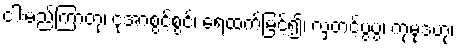
ငါးမည်ကြာတုံ၊ ငုံအာစွင့်စွင့်၊ ရေထက်မြင့်၍၊ လှတင့်ပွပွ၊ ကုမုဒဟု၊